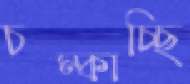
চম্‌কাচ্ছি